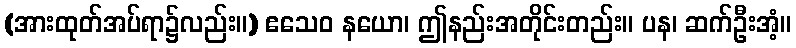
(အားထုတ်အပ်ရာ၌လည်း။) ဧသေဝ နယော၊ ဤနည်းအတိုင်းတည်း။ ပန၊ ဆက်ဦးအံ့။